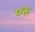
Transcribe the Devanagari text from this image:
०रू